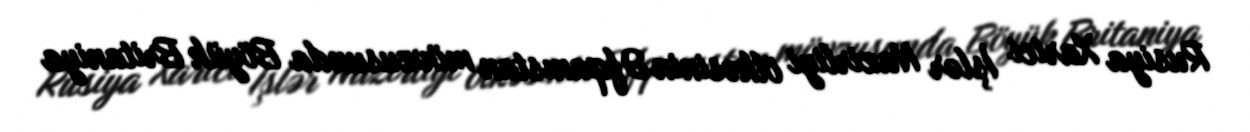
Rusiya Xarici İşlər Nazirliyi ölkəsinin Əfqanıstan mövzusunda Böyük Britaniya